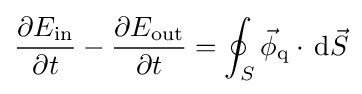
{\frac {\partial E_{\mathrm {in} }}{\partial t}}-{\frac {\partial E_{\mathrm {out} }}{\partial t}}=\oint _{S}{\vec {\phi }}_{\mathrm {q} }\cdot \,\mathrm {d} {\vec {S}}